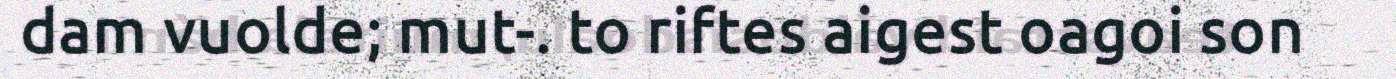
dam vuolde; mut-. to riftes aigest oagoi son